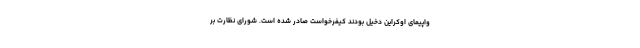
واپیمای اوکراین دخیل بودند کیفرخواست صادر شده است. شورای نظارت بر